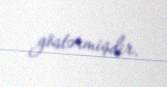
göstərmişdir.